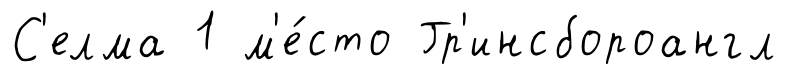
С'елма 1 м'е́сто Гр'инсбороангл